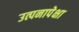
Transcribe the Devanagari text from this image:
उत्पनापेक्षा